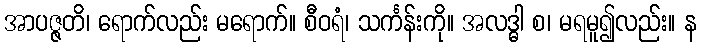
အာပဇ္ဇတိ၊ ရောက်လည်း မရောက်။ စီဝရံ၊ သင်္ကန်းကို။ အလဒ္ဓါ စ၊ မရမူ၍လည်း။ န